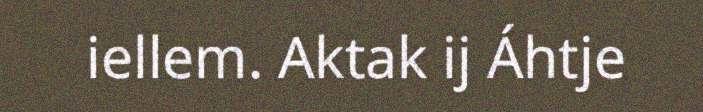
iellem. Aktak ij Áhtje